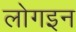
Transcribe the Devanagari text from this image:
लोगइन